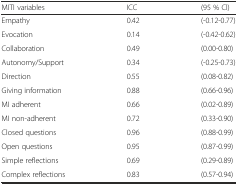
<table><thead><tr><td><b>MITI variables</b></td><td><b>ICC</b></td><td><b>(95 % Cl)</b></td></tr></thead><tbody><tr><td>Empathy</td><td>0.42</td><td>(-0.12-0.77)</td></tr><tr><td>Evocation</td><td>0.14</td><td>(-0.42-0.62)</td></tr><tr><td>Collaboration</td><td>0.49</td><td>(0.00-0.80)</td></tr><tr><td>Autonomy/Support</td><td>0.34</td><td>(-0.25-0.73)</td></tr><tr><td>Direction</td><td>0.55</td><td>(0.08-0.82)</td></tr><tr><td>Giving information</td><td>0.88</td><td>(0.66-0.96)</td></tr><tr><td>MI adherent</td><td>0.66</td><td>(0.02-0.89)</td></tr><tr><td>MI non-adherent</td><td>0.72</td><td>(0.33-0.90)</td></tr><tr><td>Closed questions</td><td>0.96</td><td>(0.88-0.99)</td></tr><tr><td>Open questions</td><td>0.95</td><td>(0.87-0.99)</td></tr><tr><td>Simple reflections</td><td>0.69</td><td>(0.29-0.89)</td></tr><tr><td>Complex reflections</td><td>0.83</td><td>(0.57-0.94)</td></tr></tbody></table>